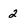
Character: 2